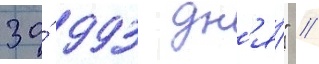
за́ 993 дн'я́" //